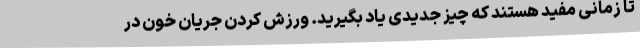
تا زمانی مفید هستند که چیز جدیدی یاد بگیرید. ورزش کردن جریان خون در